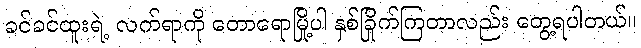
ခင်ခင်ထူးရဲ့ လက်ရာကို တောရောမြို့ပါ နှစ်ခြိုက်ကြတာလည်း တွေ့ရပါတယ်။